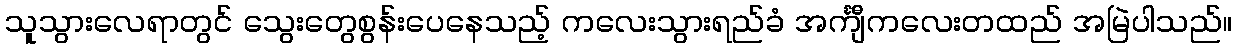
သူသွားလေရာတွင် သွေးတွေစွန်းပေနေသည့် ကလေးသွားရည်ခံ အင်္ကျီကလေးတထည် အမြဲပါသည်။